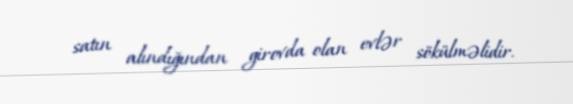
satın alındığından girovda olan evlər sökülməlidir.